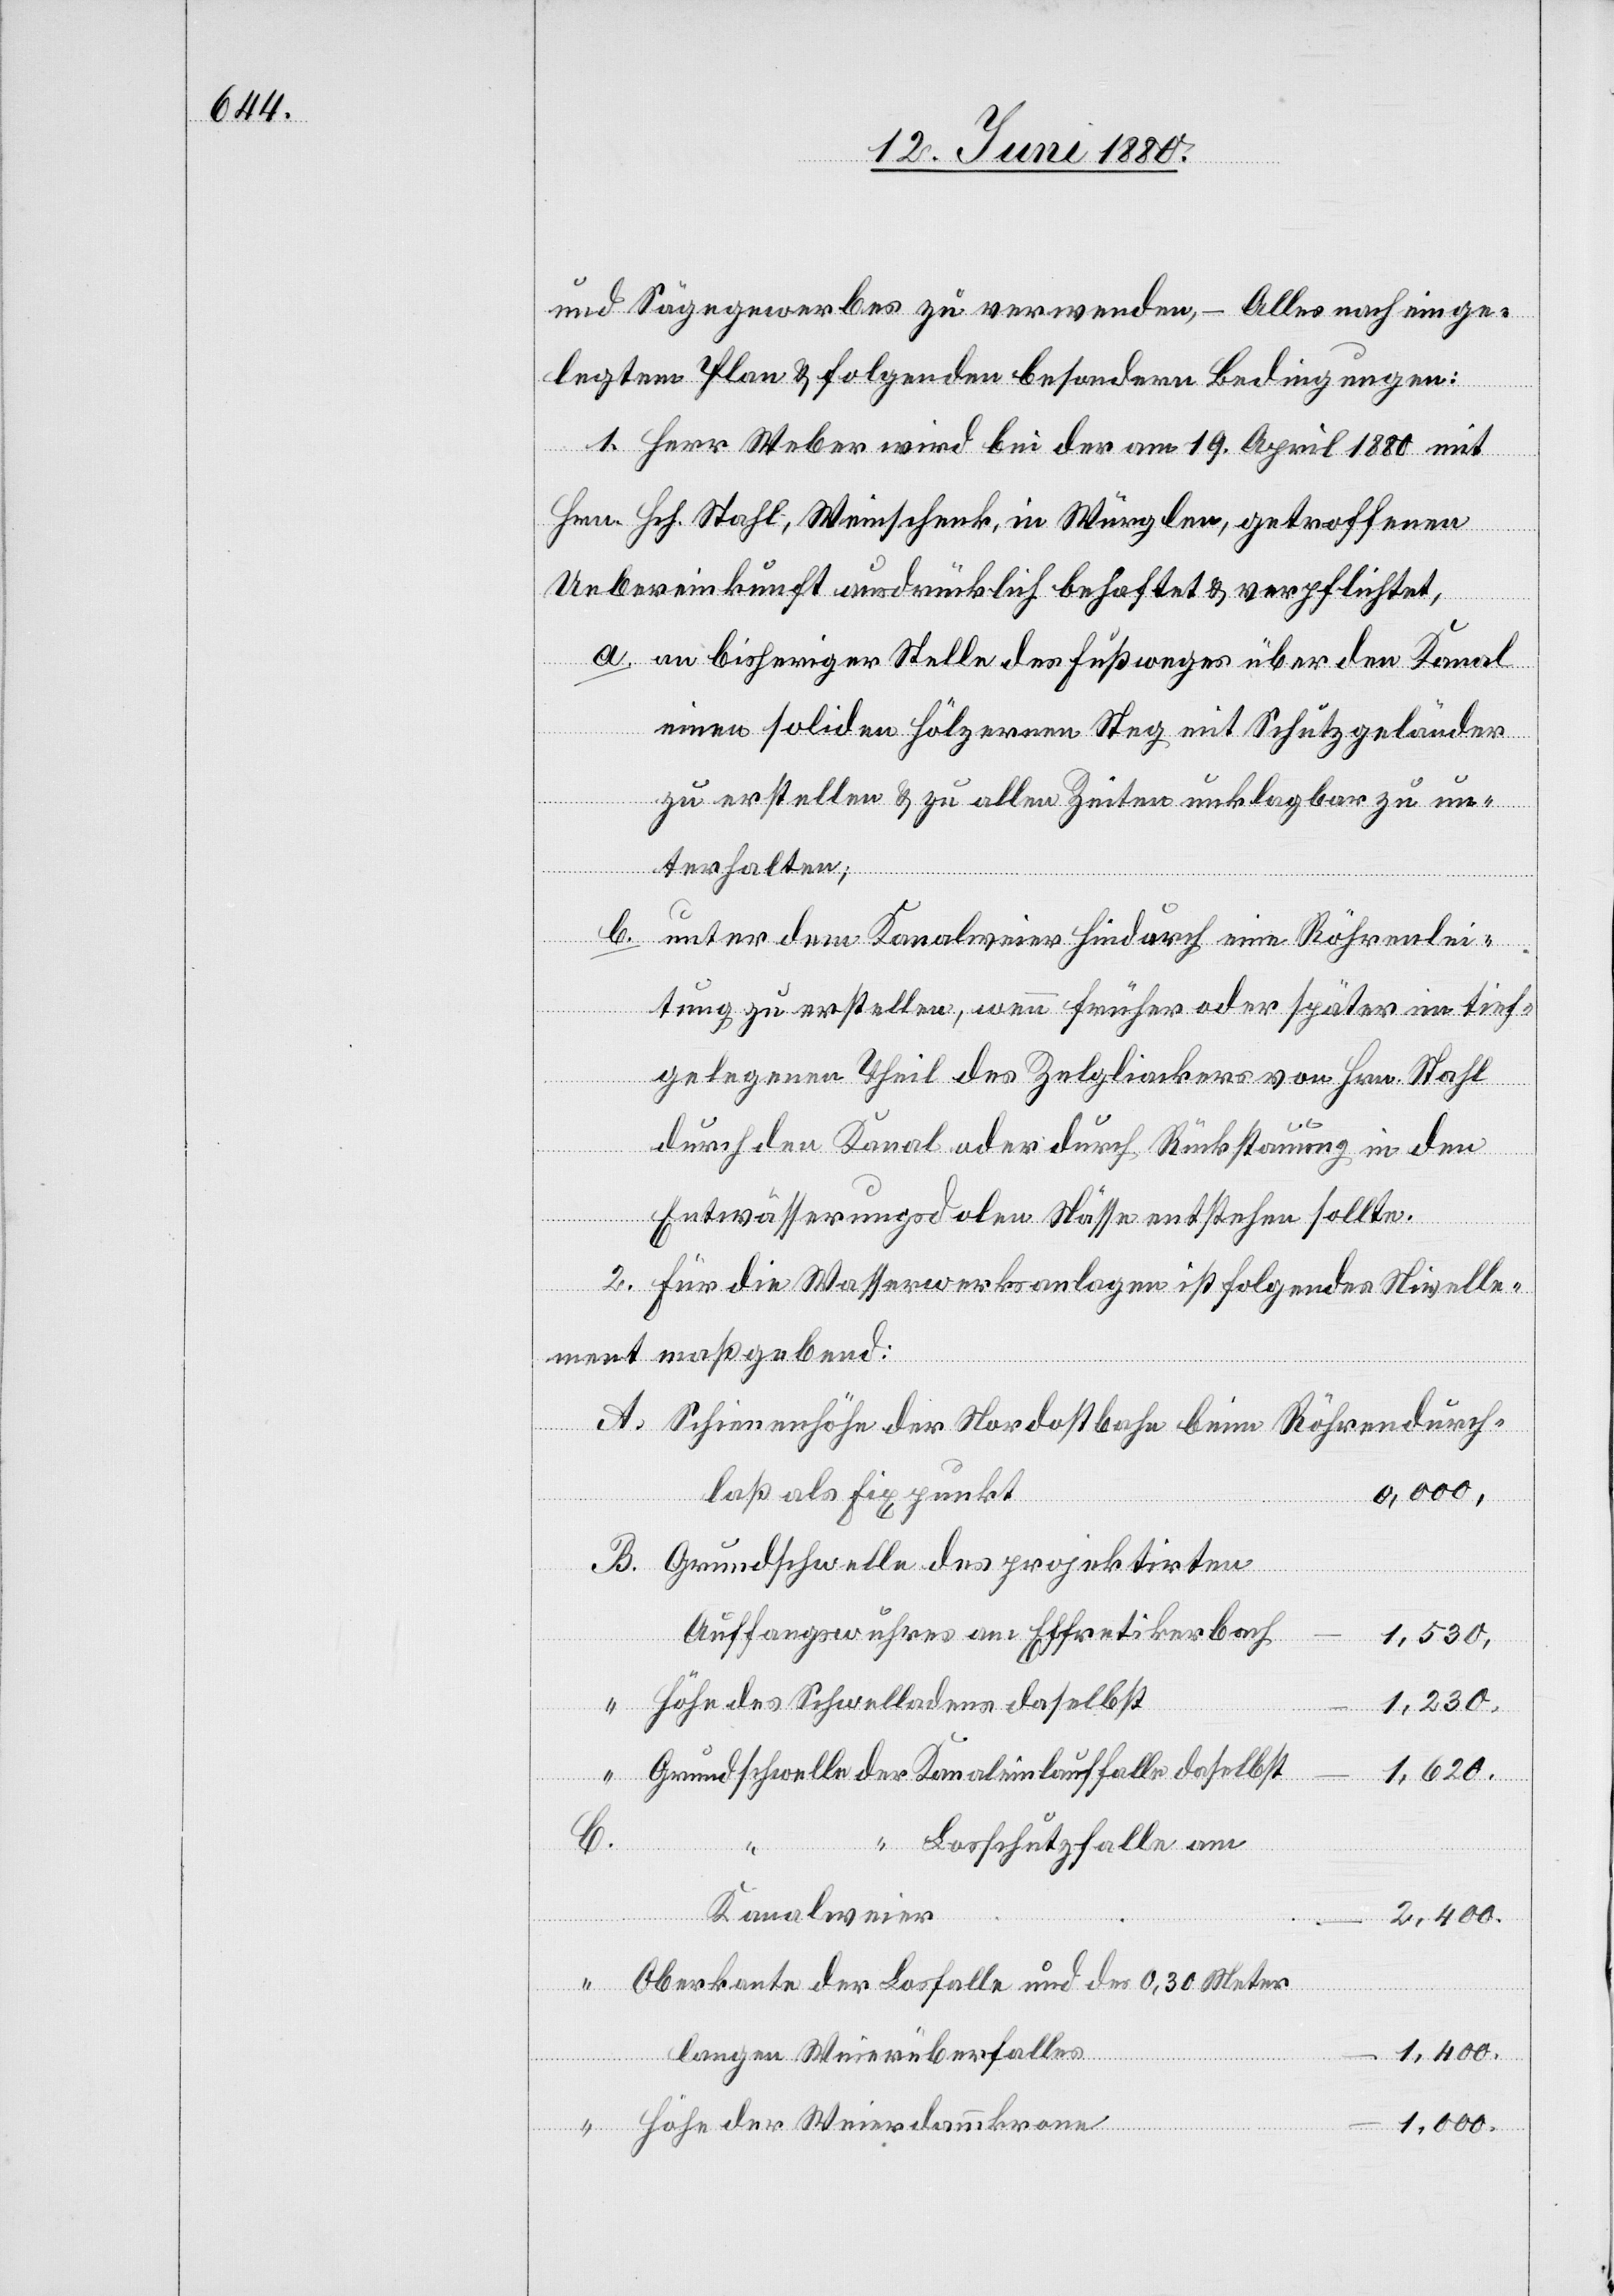
und Sägewerkes zu verwenden, – Alles nach einge¬
legtem Plan & folgenden besondern Bedingungen:
1. Herr Weber wird bei der am 19. April 1880 mit
Hrn. Hch. Stahl, Weinschenk, in Würglen, getroffenen
Uebereinkunft ausdrücklich behaftet & verpflichtet,
a. an bisheriger Stelle des Fußweges über den Kanal
einen soliden hölzernen Steg mit Schutzgeländer
zu erstellen & zu allen Zeiten unklagbar zu un¬
terhalten;
b. unter dem Kanalweier hindurch eine Röhrenlei¬
tung zu erstellen, wenn früher oder später im tief¬
gelegenen Theil des Zelgliackers von Hrn. Stahl
durch den Kanal oder durch Rückstauung in den
Entwässerungsdolen Nässe entstehen sollte.
2. Für die Wasserwerksanlagen ist folgendes Nivelle¬
ment maßgebend:
A.
Schienenhöhe der Nordostbahn beim Röhrendurch¬
laß als Fixpunkt
0,000
Grundschwelle des projektirten
Auffangswuhres am Effretikerbach
1,530
Höhe des Schwelladens daselbst
1,230
Grundschwelle der Kanaleinlauffalle daselbst
1,620
C.
“ Losschutzfalle am
Kanalweier
Oberkante der Losfalle und des 0,30 Meter
langen Weierüberfalles
Höhe der Weierdammkrone
1,000